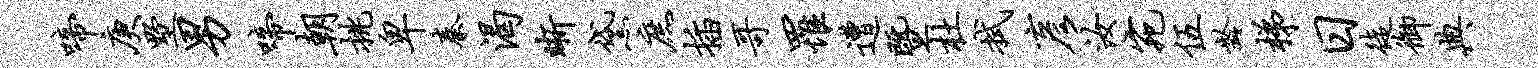
啼庚墅男啼朝挑卑秦渴晰黛庶插哥罹遭暨杜拭彦汝宛伍龄梯日徒御典